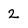
Character: 2